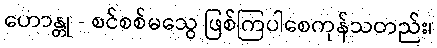
ဟောန္တု - စင်စစ်မသွေ ဖြစ်ကြပါစေကုန်သတည်း၊